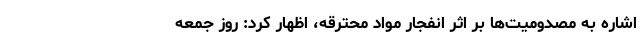
اشاره به مصدومیت‌ها بر اثر انفجار مواد محترقه، اظهار کرد: روز جمعه